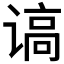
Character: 𰵿